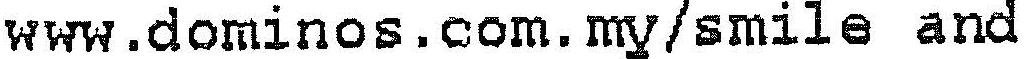
WWW.DOMINOS.COM.MY/SMILE AND